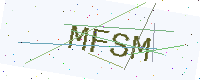
Text: MFSM